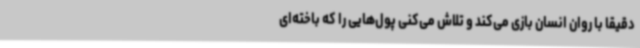
دقیقاً با روان انسان بازی می‌کند و تلاش می‌کنی پول‌هایی را که باخته‌ای